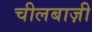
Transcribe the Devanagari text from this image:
चीलबाज़ी